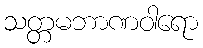
သတ္တမဘာဏဝါရော